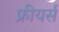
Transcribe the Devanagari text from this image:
फ्रीयर्स